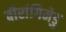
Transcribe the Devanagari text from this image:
बीरांगिमेडु